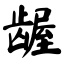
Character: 龌